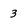
Character: 3